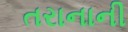
તરાનાની